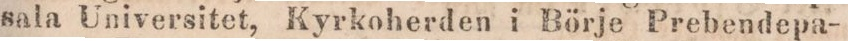
sala Universitet, Kyrkoherden i Börje Prebendepa-